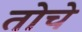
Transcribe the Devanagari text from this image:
तोचे